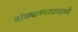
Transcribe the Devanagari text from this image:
बांधकामाप्रमाणे